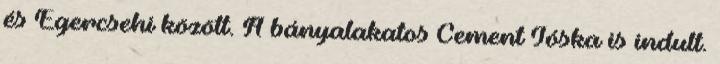
és Egercsehi között. A bányalakatos Cement Jóska is indult.